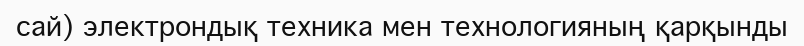
сай) электрондық техника мен технологияның қарқынды